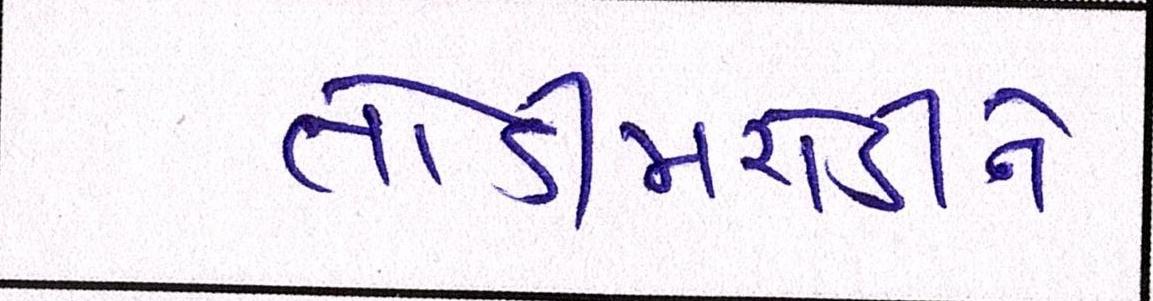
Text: તોડીમરોડીને